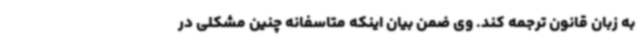
به زبان قانون ترجمه کند. وی ضمن بیان اینکه متاسفانه چنین مشکلی در